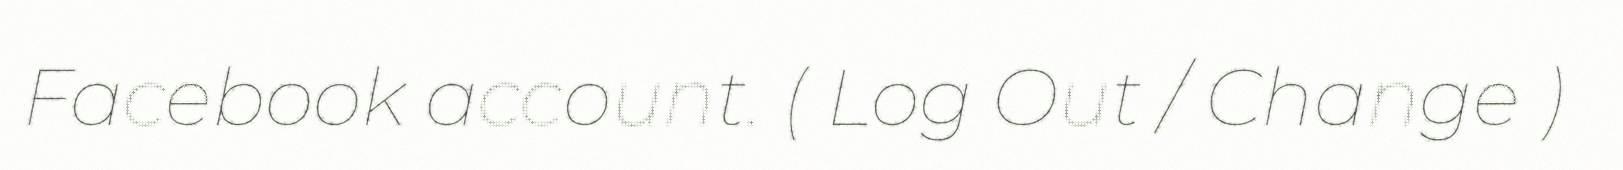
Facebook account. ( Log Out / Change )